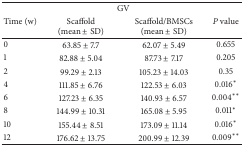
<table><thead><tr><td rowspan="2"><b>Time (w)</b></td><td colspan="2"><b>GV</b></td><td rowspan="2"><b><i>P</i> value</b></td></tr><tr><td><b>Scaffold (mean ± SD) </b></td><td><b>Scaffold/BMSCs (mean ± SD) </b></td></tr></thead><tbody><tr><td>0</td><td>63.85 ± 7.7</td><td>62.07 ± 5.49</td><td>0.655</td></tr><tr><td>1</td><td>82.88 ± 5.04</td><td>87.73 ± 7.17</td><td>0.205</td></tr><tr><td>2</td><td>99.29 ± 2.13</td><td>105.23 ± 14.03</td><td>0.35</td></tr><tr><td>4</td><td>111.85 ± 6.76</td><td>122.53 ± 6.03</td><td>0.016*</td></tr><tr><td>6</td><td>127.23 ± 6.35</td><td>140.93 ± 6.57</td><td>0.004**</td></tr><tr><td>8</td><td>144.99 ± 10.31</td><td>165.08 ± 5.95</td><td>0.011*</td></tr><tr><td>10</td><td>155.44 ± 8.51</td><td>173.09 ± 11.14</td><td>0.016*</td></tr><tr><td>12</td><td>176.62 ± 13.75</td><td>200.99 ± 12.39</td><td>0.009**</td></tr></tbody></table>